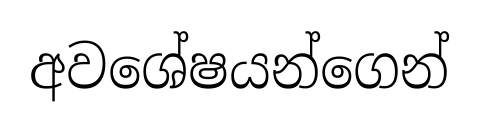
අවශේෂයන්ගෙන්